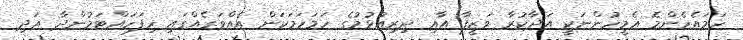
ހަމައެހެންމެ އެމީހުންނަކީ އަދާކުރާ ވަޒީފާ އާއި ދިރިއުޅުމުގެ ހަމަހަމަކަން އެއްވަރެއްގައި ހިފަހައްޓަމުންދާ އަދި